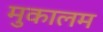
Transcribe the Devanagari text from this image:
मुकालम